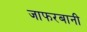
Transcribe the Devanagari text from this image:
जाफरबानी